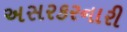
અસરકરનારી